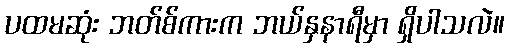
ပထမဆုံး ဘတ်စ်ကားက ဘယ်နှနာရီမှာ ရှိပါသလဲ။